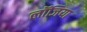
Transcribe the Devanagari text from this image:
लॉजिया